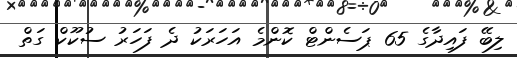
ލިބޭ ފައިދާގެ 65 ޕަސެންޓް ކޮންމެ އަހަރަކު ދެ ފަހަރު ސުކޫކް ގަތް